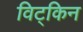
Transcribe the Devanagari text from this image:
विट्किन